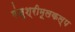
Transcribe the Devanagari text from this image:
मंजुश्रीमूलकल्प